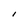
Character: l